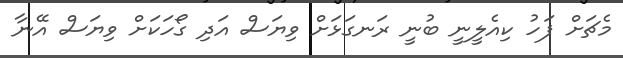
މެޗަށް ފަހު ކިއެލީނީ ބުނީ ރަނގަޅަށް ވިޔަސް އަދި ގޯހަކަށް ވިޔަސް އޭނާ